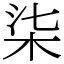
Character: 柒